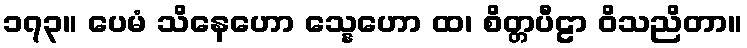
၁၇၃။ ပေမံ သိနေဟော သ္နေဟော ထ၊ စိတ္တပီဠာ ဝိသညိတာ။